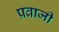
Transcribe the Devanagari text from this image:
प्रव्राजी